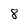
Character: 8